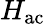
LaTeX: H_{\mathrm{ac}}